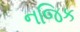
નજિક